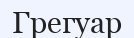
Грегуар